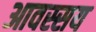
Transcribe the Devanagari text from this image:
आवस्सय